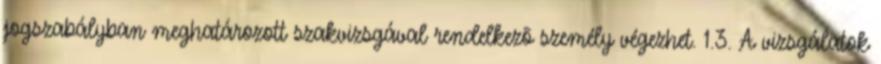
jogszabályban meghatározott szakvizsgával rendelkezõ személy végezhet. 1.3. A vizsgálatok